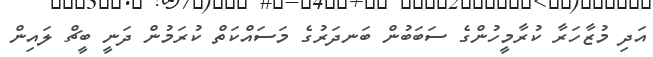
އަދި މުޒާހަރާ ކުރާމީހުންގެ ސަބަބުން ބަނދަރުގެ މަސައްކަތް ކުރަމުން ދަނީ ބީޗް ލައިން